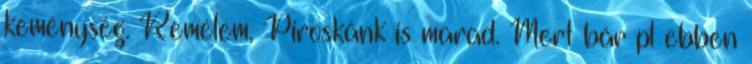
keménység. Remélem, Piroskánk is marad. Mert bár pl ebben